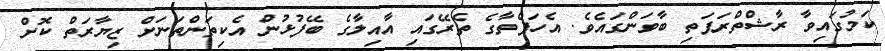
ކަމުގައިވާ ރާޝްތްރަޕަތި ބާވަންގައެވެ. އެހަފްތާގެ ތެރޭގައި އާއިލާގެ ބޭފުޅުން އެކިތަންތަނަށް ޒިޔާރަތް ކޮށް